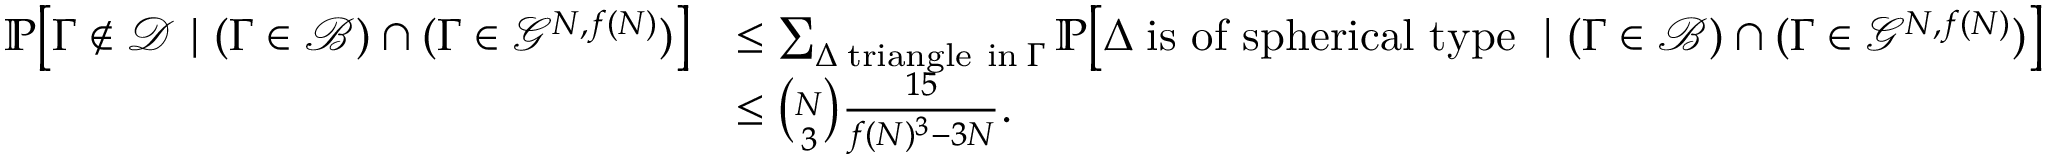
\begin{array} { r l } { \mathbb P \big [ \Gamma \not \in \mathcal D \ | \ ( \Gamma \in \mathcal B ) \cap ( \Gamma \in \mathcal G ^ { N , f ( N ) } ) \big ] } & { \leq \sum _ { \Delta \; \mathrm { t r i a n g l e ~ i n } \; \Gamma } \mathbb P \big [ \Delta \; \mathrm { i s ~ o f ~ s p h e r i c a l ~ t y p e } \; \ | \ ( \Gamma \in \mathcal B ) \cap ( \Gamma \in \mathcal G ^ { N , f ( N ) } ) \big ] } \\ & { \leq { \binom { N } { 3 } } \frac { 1 5 } { f ( N ) ^ { 3 } - 3 N } . } \end{array}